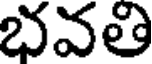
భవతి